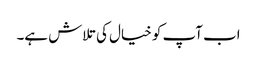
اب آپ کو خیال کی تلاش ہے۔